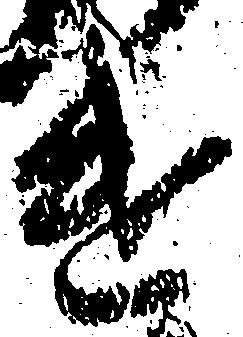
遣